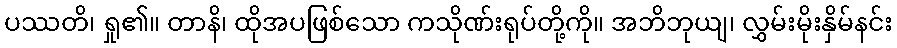
ပဿတိ၊ ရှု၏။ တာနိ၊ ထိုအပဖြစ်သော ကသိုဏ်းရုပ်တို့ကို။ အဘိဘုယျ၊ လွှမ်းမိုးနှိမ်နင်း